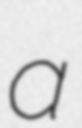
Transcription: a